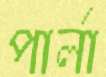
পার্লা